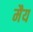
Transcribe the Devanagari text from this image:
मैय